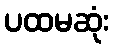
ပထမဆုံး